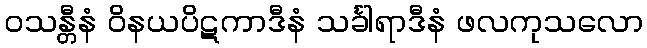
ဝသန္တီနံ ဝိနယပိဋကာဒီနံ သင်္ခါရာဒီနံ ဖလကုသလော